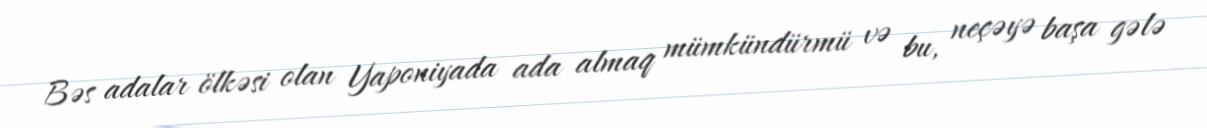
Bəs adalar ölkəsi olan Yaponiyada ada almaq mümkündürmü və bu, neçəyə başa gələ